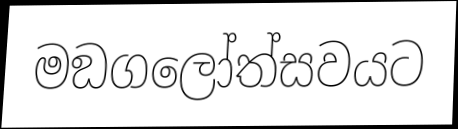
මඞගලෝත්සවයට